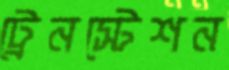
ট্রেনস্টেশন